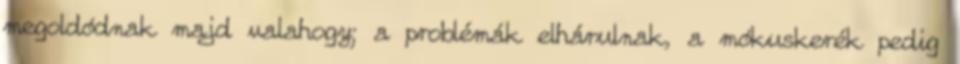
megoldódnak majd va­lahogy; a problémák elhárulnak, a mókuskerék pedig